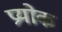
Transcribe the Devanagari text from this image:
प्रयोक